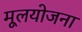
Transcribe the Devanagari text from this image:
मूलयोजना